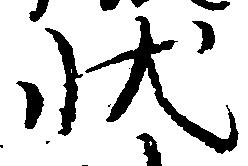
状